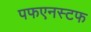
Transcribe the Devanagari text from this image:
पफएनस्टफ